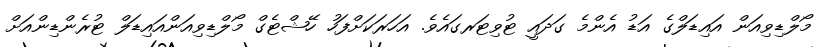
މޯލްޑިވިއަން އައިޑަލްގެ އަޑު އެންމެ ގަދައީ ޓުވިޓަރގައެވެ. އަހަރަކަށްފަހު ހޭޝްޓެގް މޯލްޑިވިއަންއައިޑަލް ޓުރެންޑިންއަށް